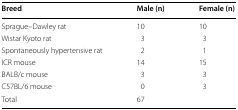
<table><thead><tr><td><b>Breed</b></td><td><b>Male (n)</b></td><td><b>Female (n)</b></td></tr></thead><tbody><tr><td>Sprague–Dawley rat</td><td>10</td><td>10</td></tr><tr><td>Wistar Kyoto rat</td><td>3</td><td>3</td></tr><tr><td>Spontaneously hypertensive rat</td><td>2</td><td>1</td></tr><tr><td>ICR mouse</td><td>14</td><td>15</td></tr><tr><td>BALB/c mouse</td><td>3</td><td>3</td></tr><tr><td>C57BL/6 mouse</td><td>0</td><td>3</td></tr><tr><td>Total</td><td colspan="2">67</td></tr></tbody></table>